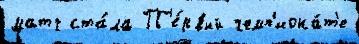
матч ста́ла П'е́рвый чемп'иона́т'е